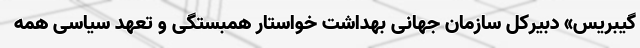
گیبریس» دبیرکل سازمان جهانی بهداشت خواستار همبستگی و تعهد سیاسی همه